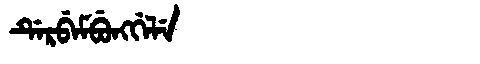
Manchu: ᡩᡝᡵᠪᡝᠮᠪᡠᠩᡤᡝᠯᡝ
Romanization: DERBEMBUNGGELE